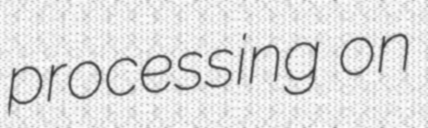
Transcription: processing on